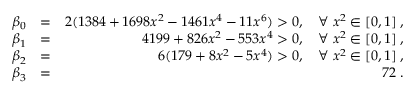
\begin{array} { r l r } { \beta _ { 0 } } & { = } & { 2 ( 1 3 8 4 + 1 6 9 8 x ^ { 2 } - 1 4 6 1 x ^ { 4 } - 1 1 x ^ { 6 } ) > 0 , \quad \forall \; x ^ { 2 } \in [ 0 , 1 ] \; , } \\ { \beta _ { 1 } } & { = } & { 4 1 9 9 + 8 2 6 x ^ { 2 } - 5 5 3 x ^ { 4 } > 0 , \quad \forall \; x ^ { 2 } \in [ 0 , 1 ] \; , } \\ { \beta _ { 2 } } & { = } & { 6 ( 1 7 9 + 8 x ^ { 2 } - 5 x ^ { 4 } ) > 0 , \quad \forall \; x ^ { 2 } \in [ 0 , 1 ] \; , } \\ { \beta _ { 3 } } & { = } & { 7 2 \; . } \end{array}